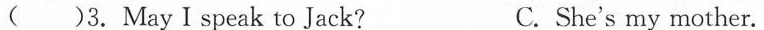
( )3. MayIspeak to Jack? C.She's my mother.